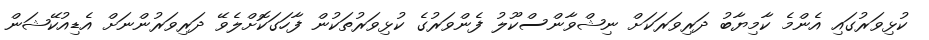
ކުޅިވަރުގައި އެންމެ ކާމިޔާބު ދަރިވަރަކަށް ނިޝްވާންސްކޫލު ފެންވަރުގެ ކުޅިވަރުތަކުން ފާހަގަކޮށްލެވޭ ދަރިވަރުންނަށް އެޑިއުކޭޝަން